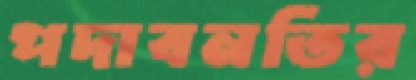
পদাবনতির